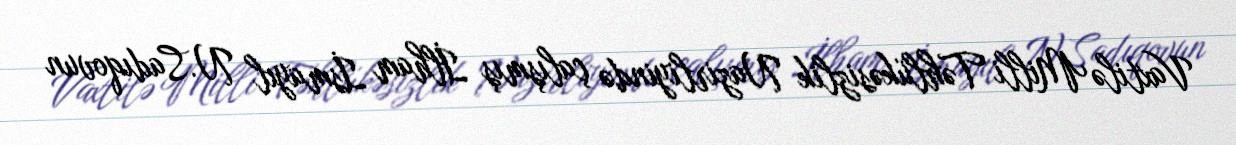
Vaxtilə Milli Təhlükəsizlik Nazirliyində çalışmış İlham İsmayıl N.Sadıqovun